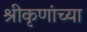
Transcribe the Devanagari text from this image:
श्रीकृणांच्या